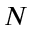
N